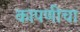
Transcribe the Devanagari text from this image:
कापणीचा